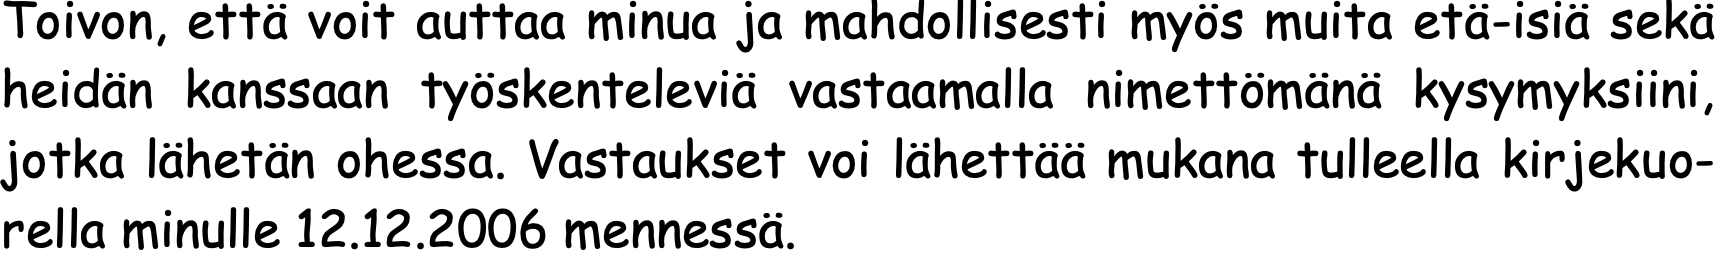
Toivon, että voit auttaa minua ja mahdollisesti myös muita etä-isiä sekä heidän kanssaan työskenteleviä vastaamalla nimettömänä kysymyksiini, jotka lähetän ohessa. Vastaukset voi lähettää mukana tulleella kirjekuo- rella minulle 12.12.2006 mennessä.